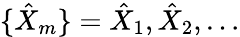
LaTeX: \{ \hat{X}_{m}\} ={\hat{X}_{1},\hat{X}_{2},\dots}